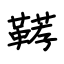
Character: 鞯